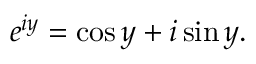
e ^ { i y } = \cos y + i \sin y .